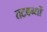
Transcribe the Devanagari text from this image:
तटबन्धों